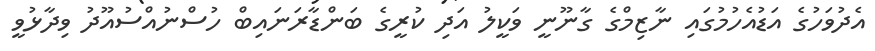
އެދުވަހުގެ އަޑުއެހުމުގައި ނާޒިމްގެ ގާނޫނީ ވަކީލު އަދި ކުރީގެ ބަންޑާރަނައިބް ހުސްނުއްސުއޫދު ވިދާޅުވީ